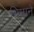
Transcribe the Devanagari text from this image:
भिमानेे